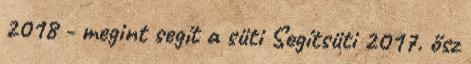
2018 - megint segít a süti Segítsüti 2017. ősz